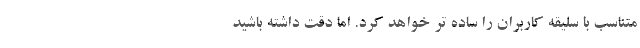
متناسب با سلیقه کاربران را ساده تر خواهد کرد. اما دقت داشته باشید